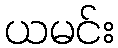
ယမင်း